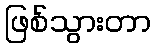
ဖြစ်သွားတာ